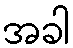
အခါ